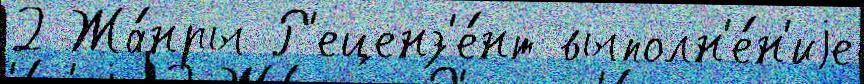
2 Жа́нры Р'еценз'е́нт выполн'е́н'иjе